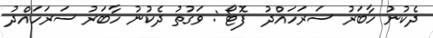
ދެކުނު ހާބަރު ސަރަހައްދު  ފޮޓޯ : ވަގުތު ދެކުނު ހާބަރު ސަރަހައްދު